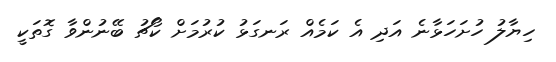
ހިޔާލު ހުށަހަޅާނެ އަދި އެ ކަމެއް ރަނގަޅު ކުރުމަށް ކޯޗު ބޭނުންވާ ގޮތަކީ